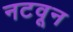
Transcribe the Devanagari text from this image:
नटवून